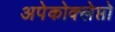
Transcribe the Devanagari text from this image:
अपेकोक्लेप्तो